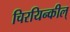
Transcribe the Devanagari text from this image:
चिरयिन्कील्